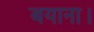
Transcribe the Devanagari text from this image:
बयाना।